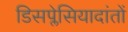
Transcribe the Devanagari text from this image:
डिसप्लेसियादांतों